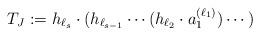
LaTeX: \begin{align*}T_{J}:=h_{\ell_s}\cdot(h_{\ell_{s-1}}\cdots(h_{\ell_{2}}\cdot a^{(\ell_1)}_1)\cdots)\end{align*}